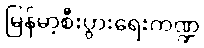
မြန်မာ့စီးပွားရေးကဏ္ဍ